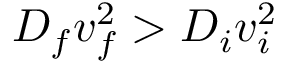
D _ { f } v _ { f } ^ { 2 } > D _ { i } v _ { i } ^ { 2 }